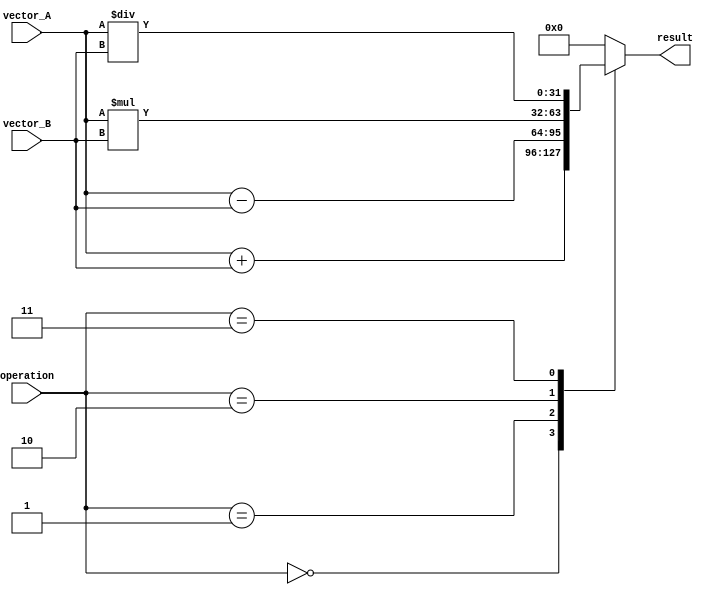
module VectorALU (
    input wire [31:0] vector_A,
    input wire [31:0] vector_B,
    input wire [3:0] operation,
    output wire [31:0] result
);

reg [31:0] result;

always @*
begin
    case(operation)
        4'b0000: // Addition
            result = vector_A + vector_B;
        4'b0001: // Subtraction
            result = vector_A - vector_B;
        4'b0010: // Multiplication
            result = vector_A * vector_B;
        4'b0011: // Division
            result = vector_A / vector_B;
        default:
            result = 32'b0;
    endcase
end

endmodule